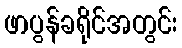
ဖာပွန်ခရိုင်အတွင်း